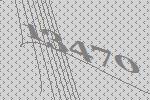
13470